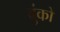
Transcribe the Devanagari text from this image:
बुंको